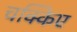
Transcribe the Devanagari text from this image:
चक्किए